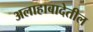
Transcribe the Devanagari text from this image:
अलाहाबादेतील